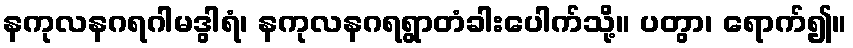
နကုလနဂရဂါမဒွါရံ၊ နကုလနဂရရွာတံခါးပေါက်သို့။ ပတွာ၊ ရောက်၍။